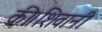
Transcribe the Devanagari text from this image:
की।शिवानी